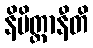
နိမိတ္တာနီတိ